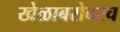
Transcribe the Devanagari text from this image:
खेळाबरोबरच